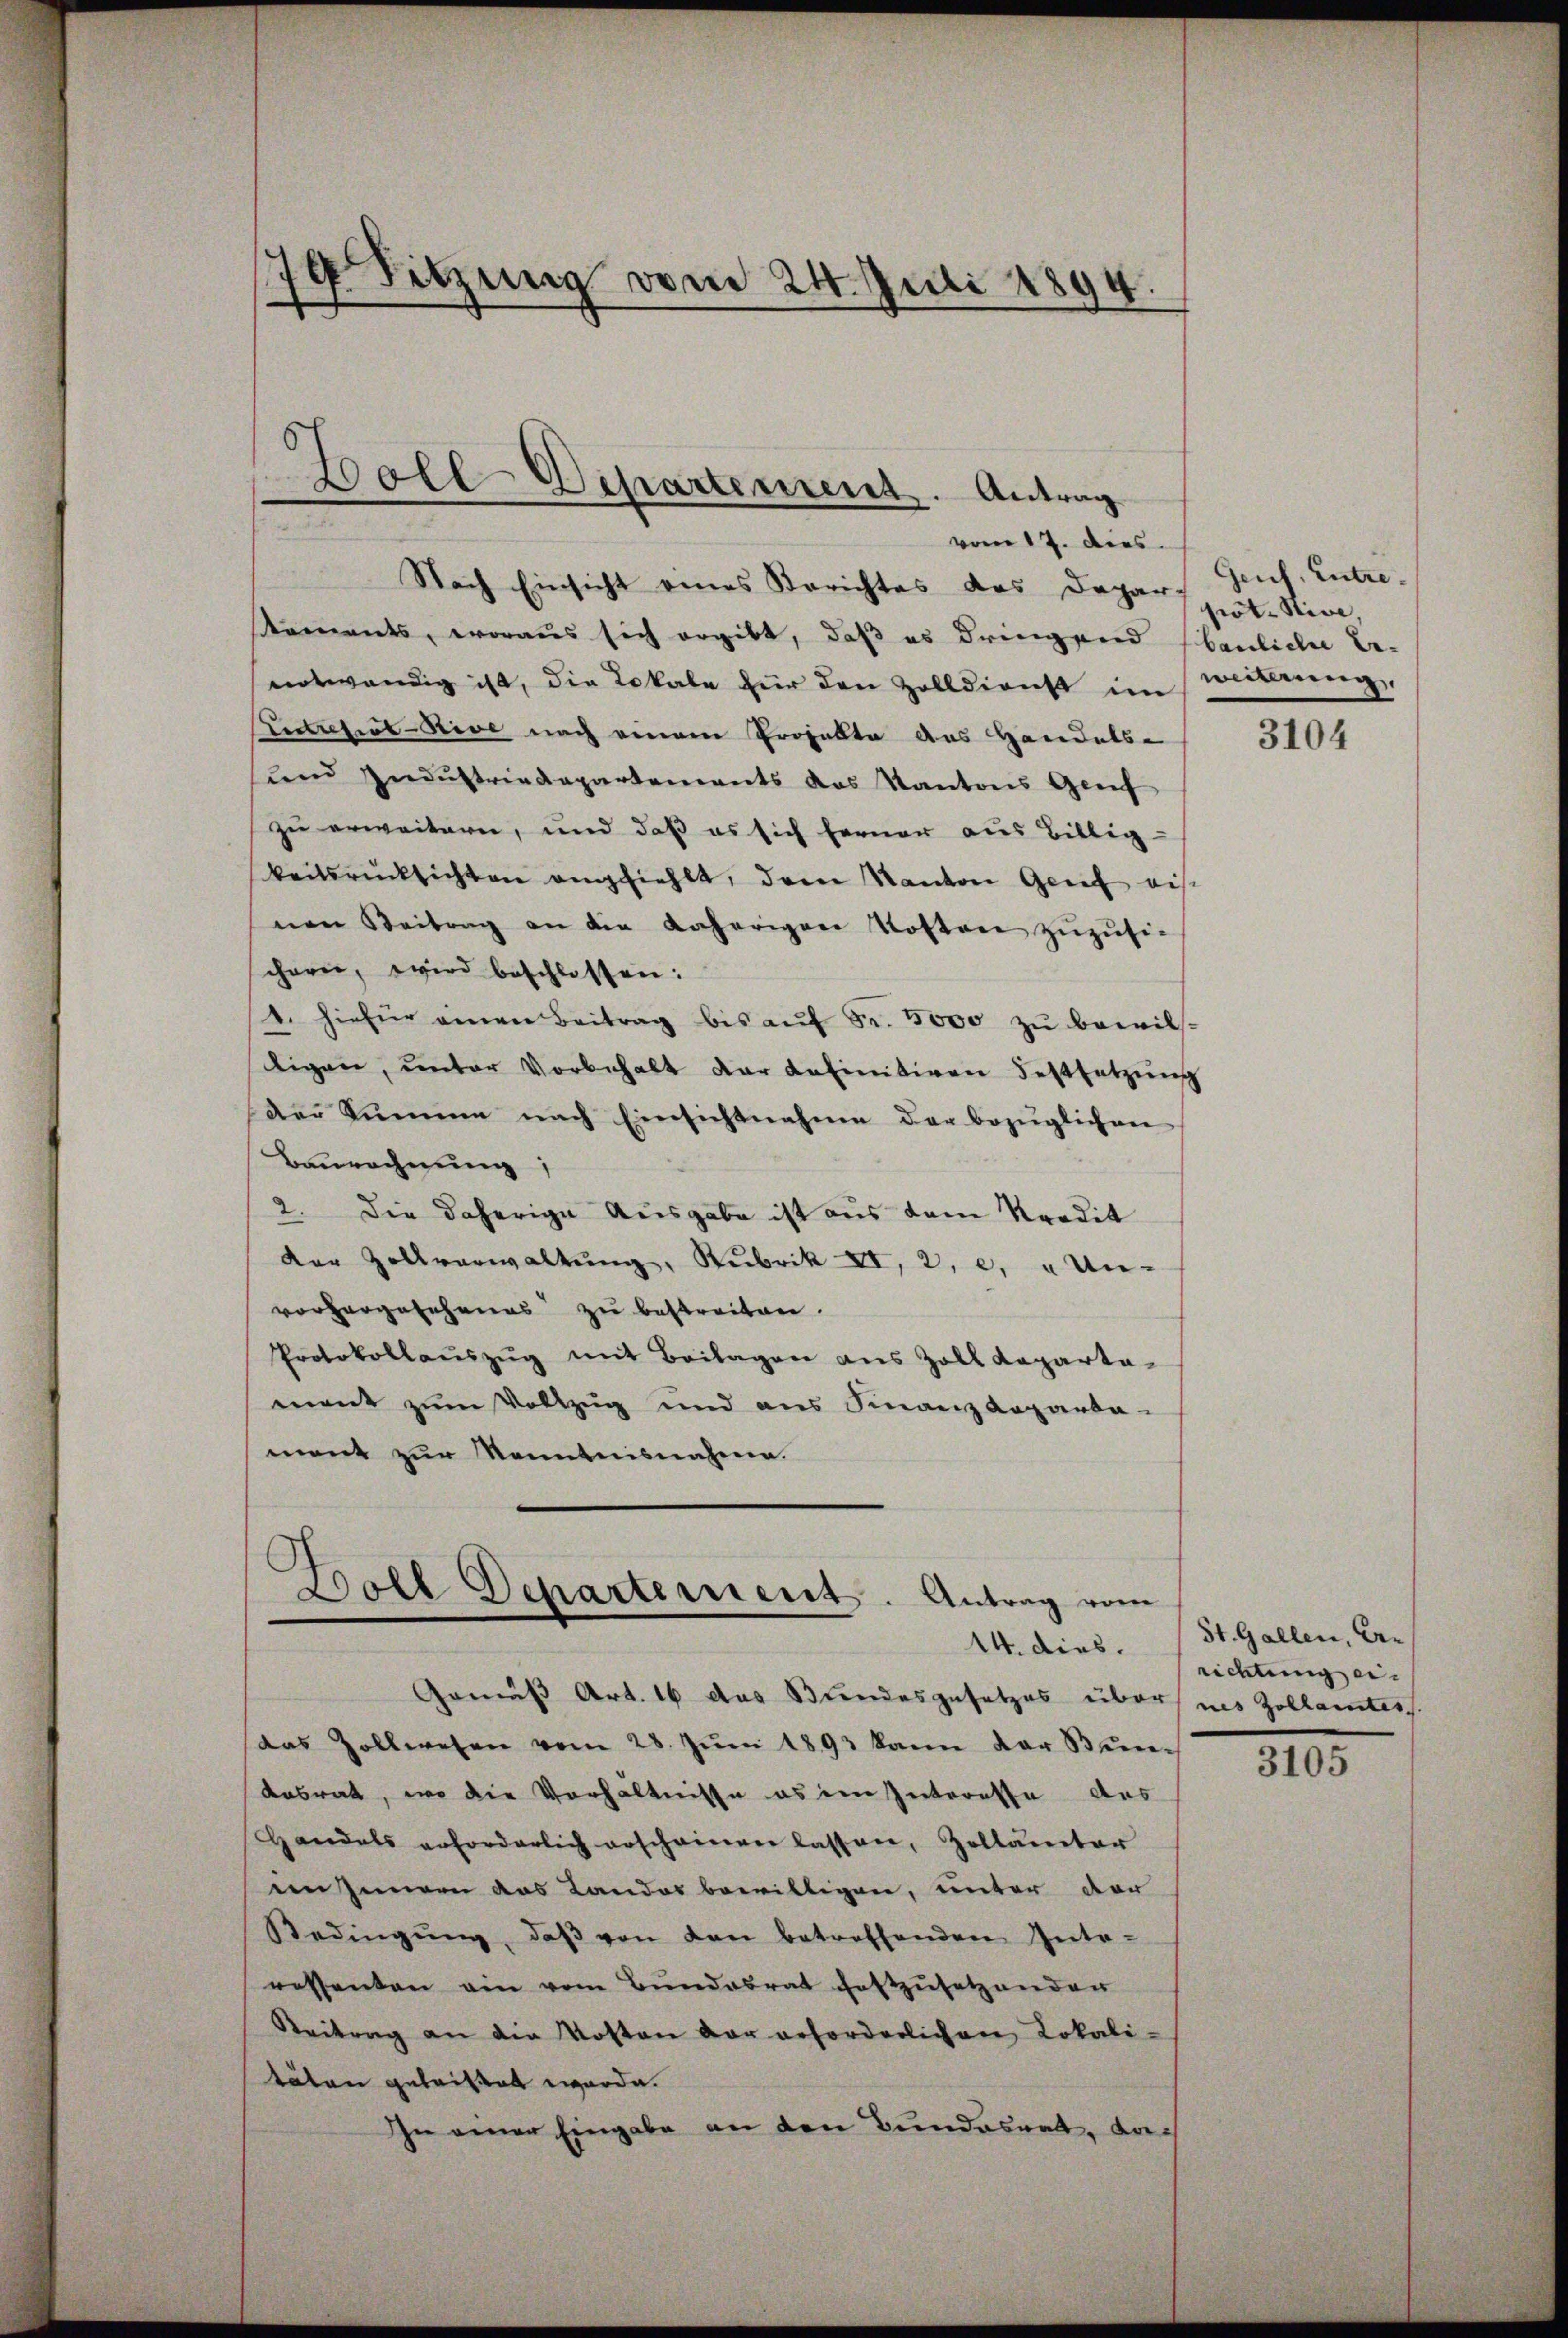
79 Sitzung vom 24. Juli 1894.

Nach Einsicht eines Berichtes des Depar-
kaments, woraus sich ergibt, daß es dringend bauliche Be-
notwendig ist, die Lokale für den Zolldienst im weiterung,
Entretirt Rive nach einem Projekte des Handels-
und Industriedepartements das Kantons Genf
zu erweitern, und daß es sich ferner aus Billig-
keitsrücksichten anfiehlt, den Kanton Genf aus
nen Beitrag an die daherigen Kosten zŭzŭsi-
cherei, wird beschlossen:
1. hiefür einen Beitrag bis aŭf Fr. 5000 zŭ bewils-
ligen, unter Vorbehalt der definitiven Festsetzŭng
der Summe nach Einsichtnahme der bezüglichen
Baurechnung,
2. Die daherige Ausgabe ist aus dem Kredit
der Zollverwaltŭng, Rubrik XI, 2, c. " Un-
vorhergesehenes zu bestreiten.
Protokollaŭszŭg mit Beilagen aus Zoll Kaparta-
mant zum Vollzug und aus Finanzdeparta-
ment zur Kenntnisnahme.

Boll-Departement. Antrag
vom 17. dies

Boll Departement. Antrag vom
14. dies.

Gemäß Art. 16 das Bundesgesetzes über ins Zollamtes
(das Zollwesen vom 28. Jŭni 1893 kann der Bun¬
Kabrat, wo die Verhältnisse es den Interesse des
Handels erforderlich erscheinen lassen, Zollanter
in Innern das Landos bewilligen, unter der
Bedingŭng, daβ von den betreffenden Inte-
ressenten ein vom Bŭndesrat festzŭsetzenden
Reitrag an die Kosten der erforderlichen Lokali-
täten geleistet werde.
In einer Eingabe an den Bundesrat, da¬

Geich, Entre-
prot. Nive

3104

St. Gallen, Errichtung ein |

3105